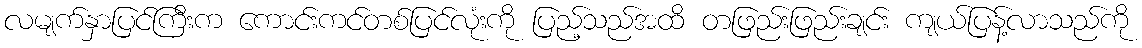
လမျက်နှာပြင်ကြီးက ကောင်းကင်တစ်ပြင်လုံးကို ပြည့်သည်အထိ တဖြည်းဖြည်းချင်း ကျယ်ပြန့်လာသည်ကို